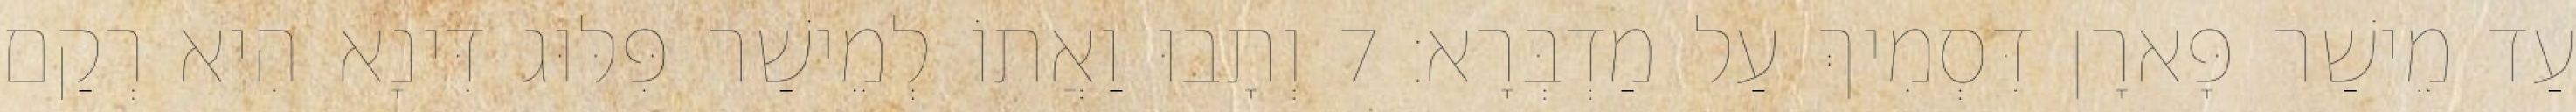
עַד מֵישַׁר פָּארָן דִּסְמִיךְ עַל מַדְבְּרָא׃ 7 וְתָבוּ וַאֲתוֹ לְמֵישַׁר פִּלּוּג דִּינָא הִיא רְקַם